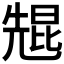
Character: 𫤠